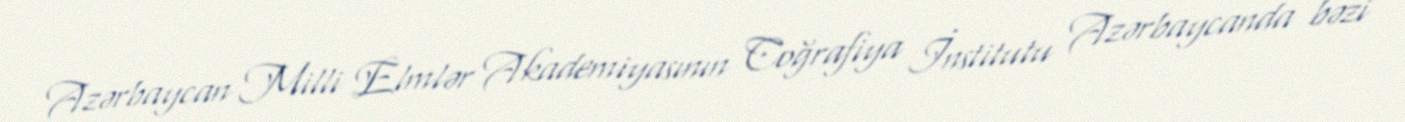
Azərbaycan Milli Elmlər Akademiyasının Coğrafiya İnstitutu Azərbaycanda bəzi